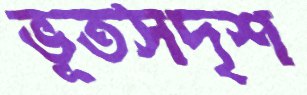
ভূতসদৃশ